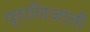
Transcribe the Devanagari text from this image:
प्राणिजाती